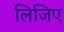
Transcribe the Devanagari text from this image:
लिजिए